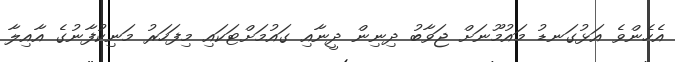
އެހެންވެ އަޅުގަނޑު މައުމޫނަށް ޖަވާބު ދިނިން ދީނާއި ގައުމަށްޓަކައި މިފަހަރު މަނިކުފާނުގެ އާއިލާ